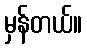
မှန်တယ်။